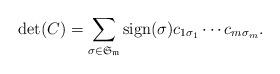
LaTeX: \begin{align*}{\rm det}(C)=\sum_{\sigma\in\mathfrak{S_m}}{\rm sign}(\sigma)c_{1\sigma_1}\cdots c_{m\sigma_m}.\end{align*}